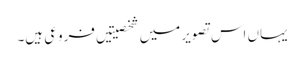
یہاں اس تصویر میں شخصیتیں فروعی ہیں۔